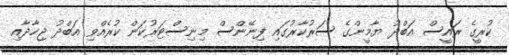
ކުރީގެ ރައީސް އަބްދު ޔާމީންގެ ސަރުކާރުގައި ފިނޭންސް މިނިސްޓަރުކަން ކުރެއްވި އަބްދު ޖިހާދާއި